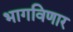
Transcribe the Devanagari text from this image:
भागविणार